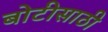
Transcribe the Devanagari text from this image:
बोटीसाठी